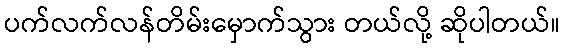
ပက်လက်လန်တိမ်းမှောက်သွား တယ်လို့ ဆိုပါတယ်။